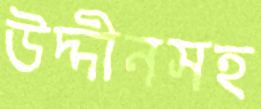
উদ্দীনসহ